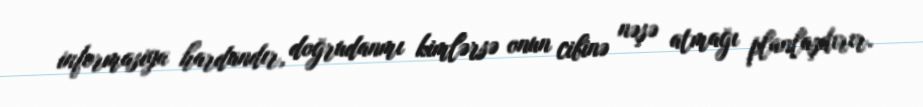
informasiya hardandır, doğrudanmı kimlərsə onun cibinə nəşə atmağı planlaşdırır.